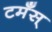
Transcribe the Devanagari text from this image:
टमँस्